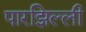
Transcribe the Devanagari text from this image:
पारझिल्ली